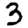
Digit: 3